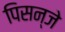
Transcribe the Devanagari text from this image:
पिसन्जे